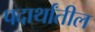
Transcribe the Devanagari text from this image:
पदार्थांतील